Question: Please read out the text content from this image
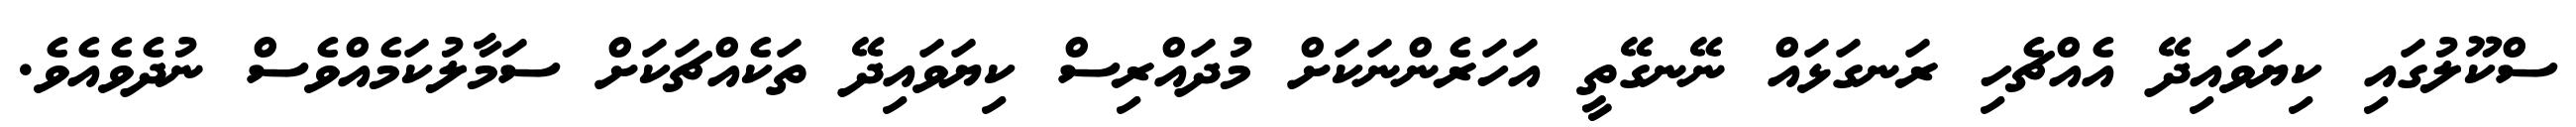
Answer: ސްކޫލުގައި ކިޔަވައިދޭ އެއްޗެހި ރަނގަޅައް ނޭނގޭތީ އަހަރެންނަކަށް މުދައްރިސް ކިޔަވައިދޭ ތަކެއްޗަކަށް ސަމާލުކަމެއްވެސް ނުދެވެއެވެ.